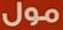
مول